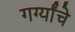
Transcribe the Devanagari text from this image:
गर्ग्यांचे